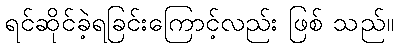
ရင်ဆိုင်ခဲ့ရခြင်းကြောင့်လည်း ဖြစ် သည်။